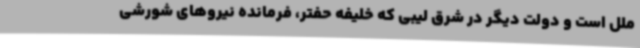
ملل است و دولت دیگر در شرق لیبی که خلیفه حفتر، فرمانده نیروهای شورشی